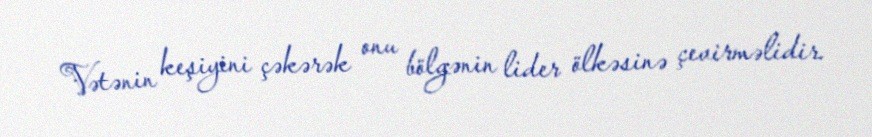
Vətənin keşiyini çəkərək onu bölgənin lider ölkəsinə çevirməlidir.